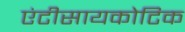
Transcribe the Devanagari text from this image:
एंटीसायकोटिक